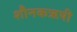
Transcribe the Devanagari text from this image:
शौनकऋषी